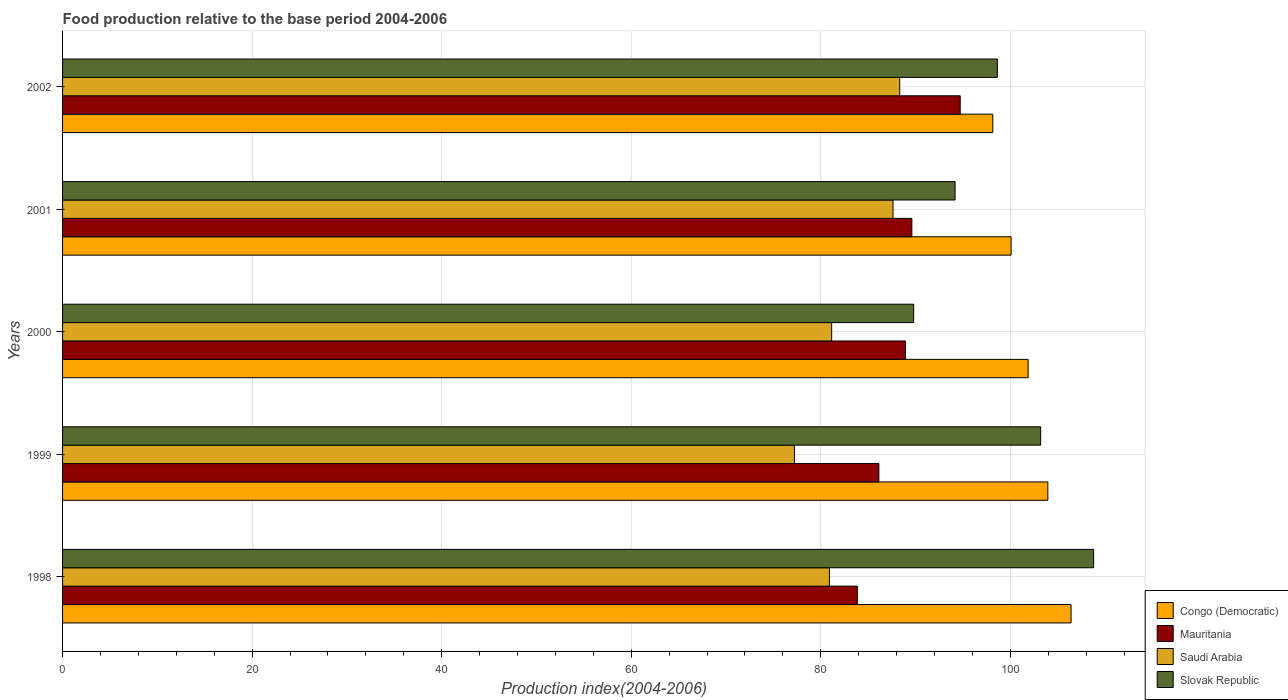
| Years | Congo (Democratic) | Mauritania | Saudi Arabia | Slovak Republic |
 | --- | --- | --- | --- | --- |
 | 1998 | 106 | 83.9 | 80.9 | 109 |
 | 1999 | 104 | 86.1 | 77.2 | 103 |
 | 2000 | 102 | 88.9 | 81.2 | 89.8 |
 | 2001 | 100 | 89.6 | 87.6 | 94.2 |
 | 2002 | 98.2 | 94.7 | 88.3 | 98.6 |